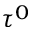
\tau ^ { 0 }